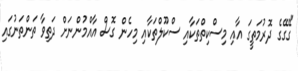
"ގޭގޭގެ ދޮރުމަތީގަ އާއި މިސްކިތްތަކާއި ސްކޫލްތަކާއި މިހެން ގޮސް އާއްމުންނަށް ދަތިވާ ތަންތަނުގައި